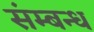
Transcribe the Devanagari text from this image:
संम्बन्ध